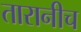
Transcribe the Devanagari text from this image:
तारानीच